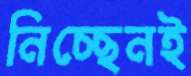
নিচ্ছেনই